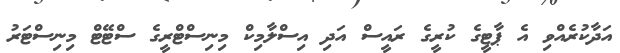
އަދާކުރެއްވި އެ ޕާޓީގެ ކުރީގެ ރައީސް އަދި އިސްލާމިކް މިނިސްޓްރީގެ ސްޓޭޓް މިނިސްޓަރު